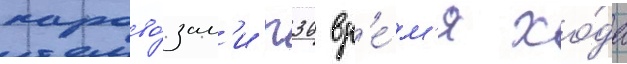
парово́зам'и п36 вр'е́м'я хо́да